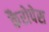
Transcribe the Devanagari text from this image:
कैरोपेस